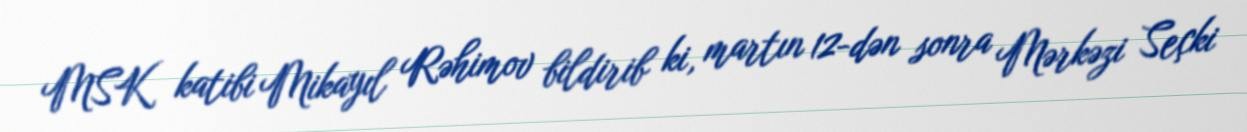
MSK katibi Mikayıl Rəhimov bildirib ki, martın 12-dən sonra Mərkəzi Seçki